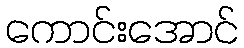
ကောင်းအောင်